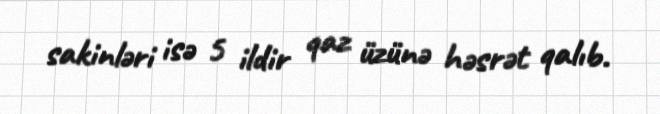
sakinləri isə 5 ildir qaz üzünə həsrət qalıb.